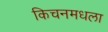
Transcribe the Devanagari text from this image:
किचनमधला